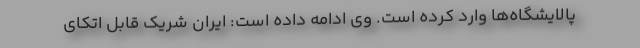
پالایشگاه‌ها وارد کرده است. وی ادامه داده است: ایران شریک قابل اتکای